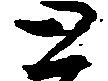
と